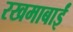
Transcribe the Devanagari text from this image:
रखमाबाईं